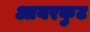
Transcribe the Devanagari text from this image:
आयरकुट